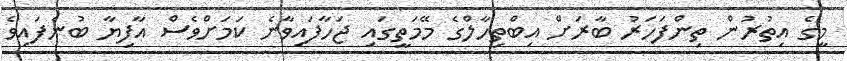
މީގެ އިތުރުން ތިންފަހަރު ބާރަށް އިބްތިހާލްގެ މޭމަތީގައި ޖަހާފައިވާނެ ކަމަށްވެސް އާފިޔާ ބުނެފައިވެ